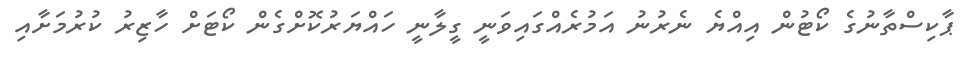
ޕާކިސްތާނުގެ ކޯޓުން އިއްޔެ ނެރުނު އަމުރެއްގައިވަނީ ގީލާނީ ހައްޔަރުކޮށްގެން ކޯޓަށް ހާޒިރު ކުރުމަށާއި